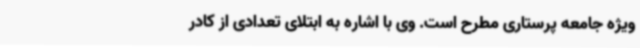
ویژه جامعه پرستاری مطرح است. وی با اشاره به ابتلای تعدادی از کادر